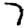
Digit: 7